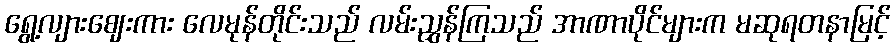
ရွေ့လျားဈေးကား လေမုန်တိုင်းသည် လမ်းညွှန်ကြသည် အာဏာပိုင်များက မဆုရတနာမြင့်